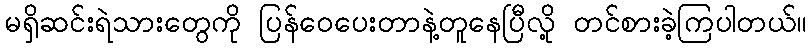
မရှိဆင်းရဲသားတွေကို ပြန်ဝေပေးတာနဲ့တူနေပြီလို့ တင်စားခဲ့ကြပါတယ်။